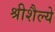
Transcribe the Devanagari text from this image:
श्रीशैल्ये